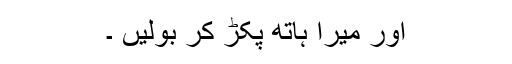
اور میرا ہاتھ پکڑ کر بولیں ۔